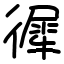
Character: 徲